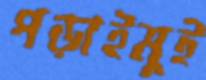
পড়াইমুই